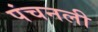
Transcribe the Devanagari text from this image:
पंचनली